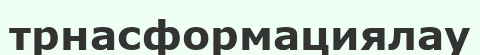
трнасформациялау